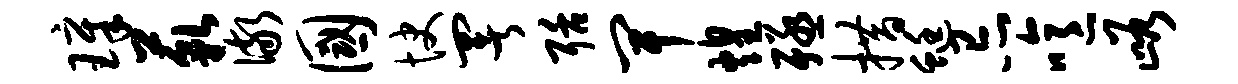
璋藐儆国快署聒卑煌殛措蜓忌噫峪